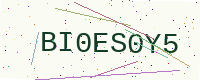
Text: BI0ES0Y5